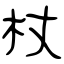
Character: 杖